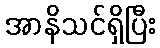
အာနိသင်ရှိပြီး